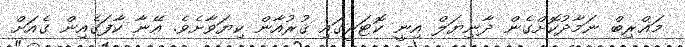
މަޣްރިބް ނަމާދުކޮށްގެން ދާނިޔަލް އިނީ ކޮޓަރީގައި ޤުރުއާން ކިޔަވާށެވެ. އޭނާ ކާފަގެއިން ގެއަށް